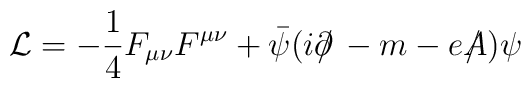
{\cal L} = -\frac{1}{4} F_{\mu\nu}F^{\mu\nu} + \bar \psi (i\partial\!\!\!/\, -m- eA \!\!\!\!/\,)\psi